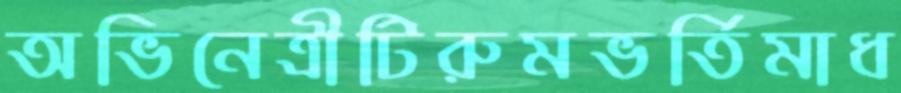
অভিনেত্রীটিরুমভর্তিমাধ